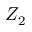
Z _ { 2 }